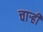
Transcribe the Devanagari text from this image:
चार्‍ही